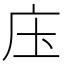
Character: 庒